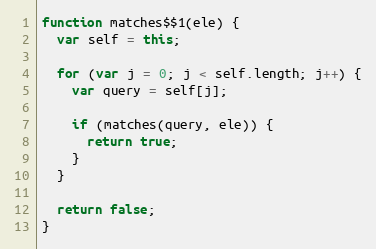
Language: JavaScript
function matches$$1(ele) {
  var self = this;

  for (var j = 0; j < self.length; j++) {
    var query = self[j];

    if (matches(query, ele)) {
      return true;
    }
  }

  return false;
}